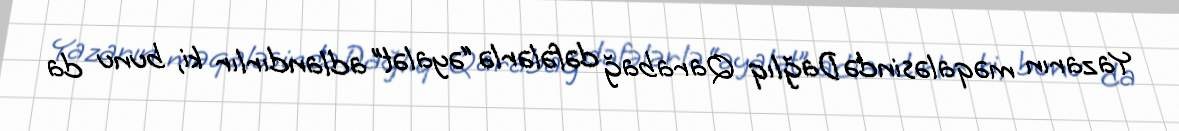
Yazarın məqaləsində Dağlıq Qarabağ dəfələrlə “əyalət” adlandırlır ki, bunu da